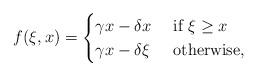
LaTeX: \begin{align*}f(\xi,x) =\begin{cases} \gamma x -\delta x & \mbox{ if } \xi \geq x\\ \gamma x - \delta \xi & \mbox{ otherwise,}\end{cases}\end{align*}